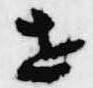
世